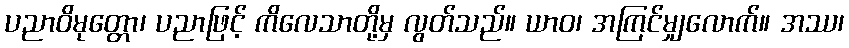
ပညာဝိမုတ္တော၊ ပညာဖြင့် ကိလေသာတို့မှ လွတ်သည်။ ယာဝ၊ အကြင်မျှလောက်။ အဿ၊